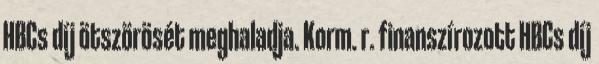
HBCs díj ötszörösét meghaladja. Korm. r. finanszírozott HBCs díj